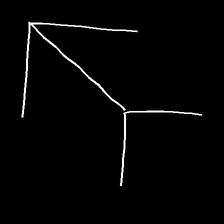
Glyph: gather